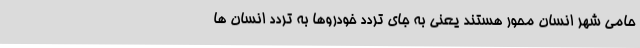
حامی شهر انسان محور هستند یعنی به جای تردد خودروها به تردد انسان ها